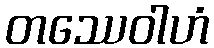
တဿေဝါဟံ